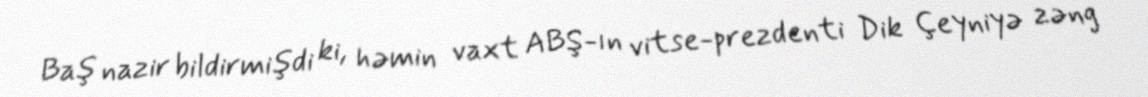
Baş nazir bildirmişdi ki, həmin vaxt ABŞ-ın vitse-prezdenti Dik Çeyniyə zəng